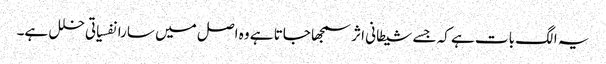
یہ الگ بات ہے کہ جسے شیطانی اثر سمجھا جاتا ہے وہ اصل میں سارا نفسیاتی خلل ہے۔